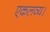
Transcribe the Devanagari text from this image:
एकलव्य।